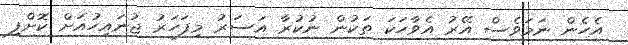
އެހެން ނަމަވެސް އޭރު އެވާހަކަ ތަކުން ނުކުރާ އަސަރު މިފަހަރު ޖުނައިހުއަށް ކޮށްފި